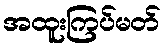
အထူးကြပ်မတ်